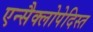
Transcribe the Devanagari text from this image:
एन्सैक्लोपेदिस्त